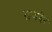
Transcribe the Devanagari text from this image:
राजदेर